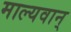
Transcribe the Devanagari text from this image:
माल्यवान्